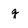
Character: g